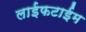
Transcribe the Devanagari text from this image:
लाईफटाईम